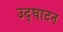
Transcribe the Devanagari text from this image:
उद्‌घाटन